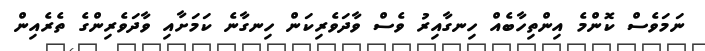
ނަމަވެސް ކޮންމެ އިންތިހާބެއް ހިނގާއިރު ވެސް ވާދަވެރިކަން ހިނގާނެ ކަމަށާއި ވާދަވެރިންގެ ތެރެއިން